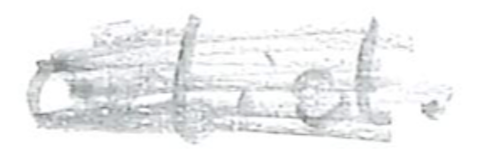
Text: artist.
Cross-out: scratch
Writing tool: pencil